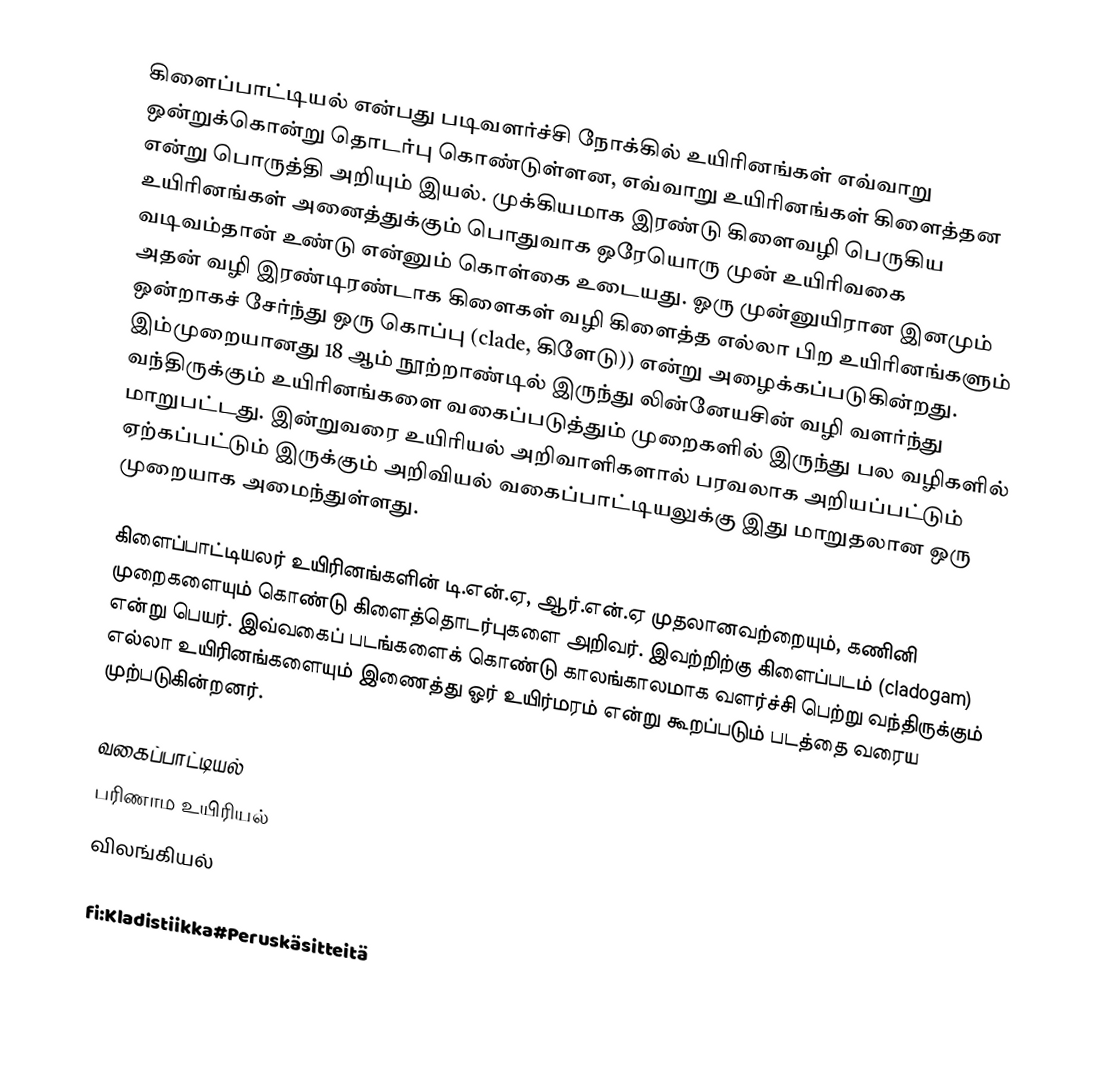
கிளைப்பாட்டியல் என்பது படிவளர்ச்சி நோக்கில் உயிரினங்கள் எவ்வாறு ஒன்றுக்கொன்று தொடர்பு கொண்டுள்ளன, எவ்வாறு உயிரினங்கள் கிளைத்தன என்று பொருத்தி அறியும் இயல். முக்கியமாக இரண்டு கிளைவழி பெருகிய உயிரினங்கள் அனைத்துக்கும் பொதுவாக ஒரேயொரு முன் உயிரிவகை வடிவம்தான் உண்டு என்னும் கொள்கை உடையது. ஓரு முன்னுயிரான இனமும் அதன் வழி இரண்டிரண்டாக கிளைகள் வழி கிளைத்த எல்லா பிற உயிரினங்களும் ஒன்றாகச் சேர்ந்து ஒரு கொப்பு (clade, கிளேடு)) என்று அழைக்கப்படுகின்றது. இம்முறையானது 18 ஆம் நூற்றாண்டில் இருந்து லின்னேயசின் வழி வளர்ந்து வந்திருக்கும் உயிரினங்களை வகைப்படுத்தும் முறைகளில் இருந்து பல வழிகளில் மாறுபட்டது. இன்றுவரை உயிரியல் அறிவாளிகளால் பரவலாக அறியப்பட்டும் ஏற்கப்பட்டும் இருக்கும் அறிவியல் வகைப்பாட்டியலுக்கு இது மாறுதலான ஒரு முறையாக அமைந்துள்ளது.

கிளைப்பாட்டியலர் உயிரினங்களின் டி.என்.ஏ, ஆர்.என்.ஏ முதலானவற்றையும், கணினி முறைகளையும் கொண்டு கிளைத்தொடர்புகளை அறிவர். இவற்றிற்கு கிளைப்படம் (cladogam) என்று பெயர். இவ்வகைப் படங்களைக் கொண்டு காலங்காலமாக வளர்ச்சி பெற்று வந்திருக்கும் எல்லா உயிரினங்களையும் இணைத்து ஓர் உயிர்மரம் என்று கூறப்படும் படத்தை வரைய முற்படுகின்றனர்.

வகைப்பாட்டியல்
பரிணாம உயிரியல்
விலங்கியல்

fi:Kladistiikka#Peruskäsitteitä